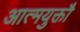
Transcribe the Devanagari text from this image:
आत्मयुक्तौ